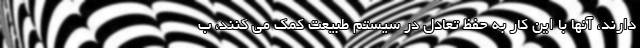
دارند، آنها با این کار به حفظ تعادل در سیستم طبیعت کمک می کنند، ب